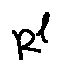
R ^ { l }